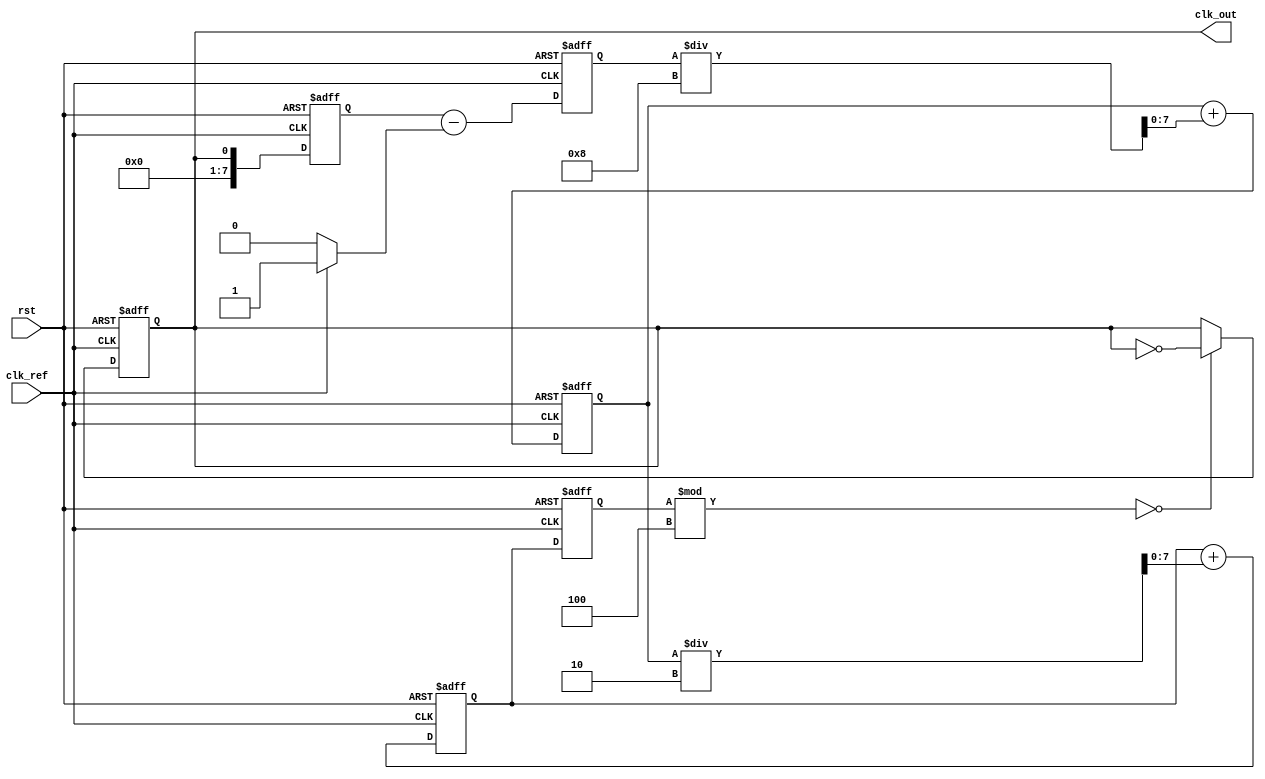
module dual_loop_pll (
    input wire clk_ref,          // Reference clock input
    input wire rst,              // Reset signal
    output reg clk_out           // Output clock signal
);

    // Parameters
    parameter DIV_RATIO = 4;     // Feedback division ratio
    parameter INNER_LOOP_GAIN = 8; // Gain for inner loop filter
    parameter OUTER_LOOP_GAIN = 2; // Gain for outer loop filter

    // Internal signals
    reg [7:0] phase_error;        // Phase error signal from PD
    reg [7:0] control_voltage_inner; // Control voltage for inner loop
    reg [7:0] control_voltage_outer; // Control voltage for outer loop
    reg [7:0] vco_output;         // VCO output frequency control
    reg [7:0] vco_frequency;      // VCO frequency
    reg [7:0] feedback;           // Feedback signal from VCO

    // Phase Detector (PD)
    always @(posedge clk_ref or posedge rst) begin
        if (rst) begin
            phase_error <= 8'b0;
        end else begin
            // Simple phase error detection (for illustration purposes)
            phase_error <= feedback - (clk_ref ? 8'b1 : 8'b0);
        end
    end

    // Inner Loop Filter
    always @(posedge clk_ref or posedge rst) begin
        if (rst) begin
            control_voltage_inner <= 8'b0;
        end else begin
            control_voltage_inner <= control_voltage_inner + (phase_error / INNER_LOOP_GAIN);
        end
    end

    // Outer Loop Filter
    always @(posedge clk_ref or posedge rst) begin
        if (rst) begin
            control_voltage_outer <= 8'b0;
        end else begin
            control_voltage_outer <= control_voltage_outer + (control_voltage_inner / OUTER_LOOP_GAIN);
        end
    end

    // Voltage-Controlled Oscillator (VCO)
    always @(posedge clk_ref or posedge rst) begin
        if (rst) begin
            vco_frequency <= 8'b0;
            clk_out <= 0;
        end else begin
            // Adjust VCO frequency based on control voltage
            vco_frequency <= control_voltage_outer; // Simplified for illustration
            clk_out <= (vco_frequency % DIV_RATIO == 0) ? ~clk_out : clk_out; // Generate output clock
        end
    end

    // Feedback Divider
    always @(posedge clk_ref or posedge rst) begin
        if (rst) begin
            feedback <= 8'b0;
        end else begin
            feedback <= clk_out; // Feedback from output clock
        end
    end

endmodule